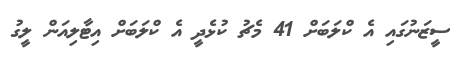
ސީޒަނުގައި އެ ކްލަބަށް 41 މެޗު ކުޅެދީ އެ ކްލަބަށް އިޓާލިއަން ލީގު